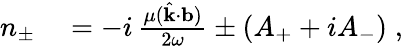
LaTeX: \begin{array}{rl}{n_{\pm}}&{{}=-i\, \frac{\mu(\hat{\mathbf{k}}\cdot{\mathbf{b}})}{2\omega}\pm(A_{+}+iA_{-})\; ,}\end{array}